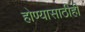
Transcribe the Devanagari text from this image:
होण्यासाठीही